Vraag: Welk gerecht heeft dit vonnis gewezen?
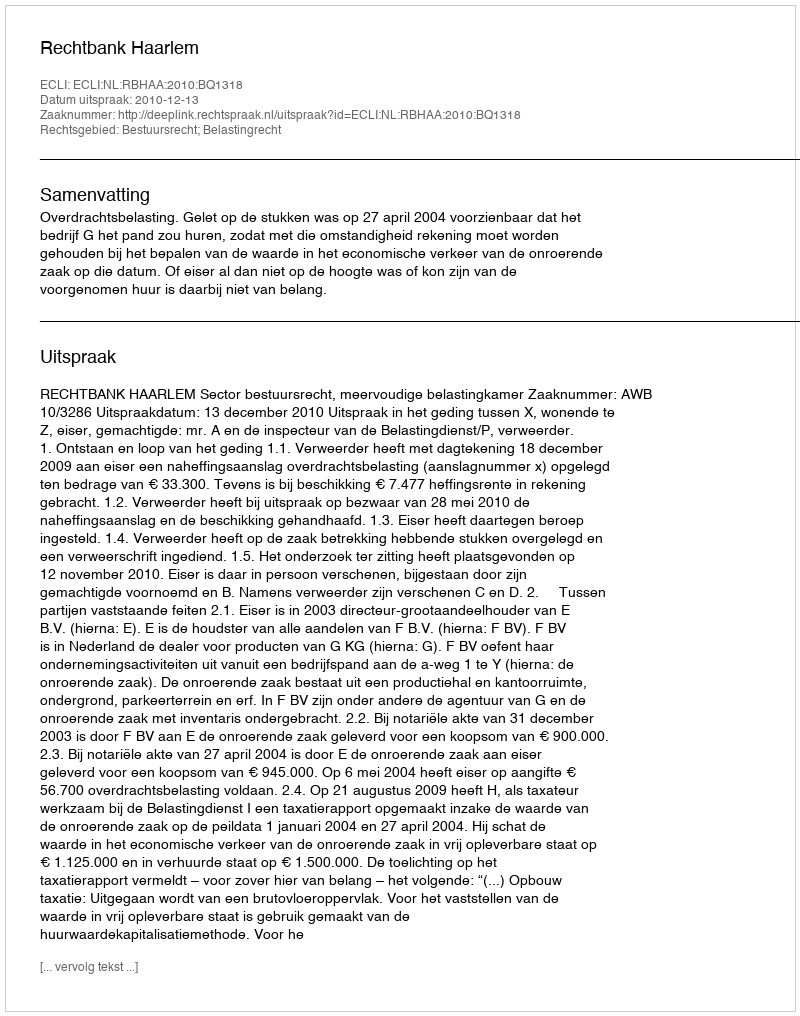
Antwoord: Rechtbank Haarlem